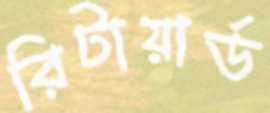
রিটায়ার্ড